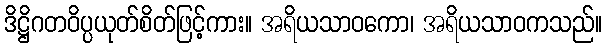
ဒိဋ္ဌိဂတဝိပ္ပယုတ်စိတ်ဖြင့်ကား။ အရိယသာဝကော၊ အရိယသာဝကသည်။